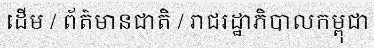
ដើម / ព័ត៌មានជាតិ / រាជរដ្ឋាភិបាលកម្ពុជា